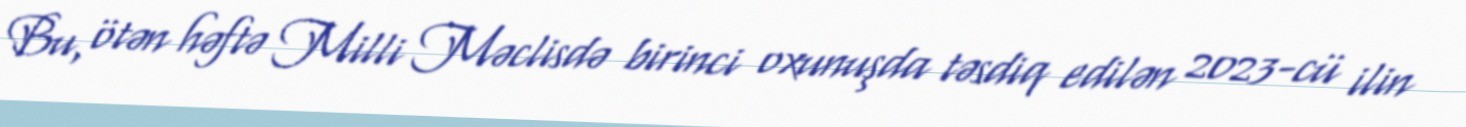
Bu, ötən həftə Milli Məclisdə birinci oxunuşda təsdiq edilən 2023-cü ilin